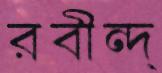
রবীন্দ্